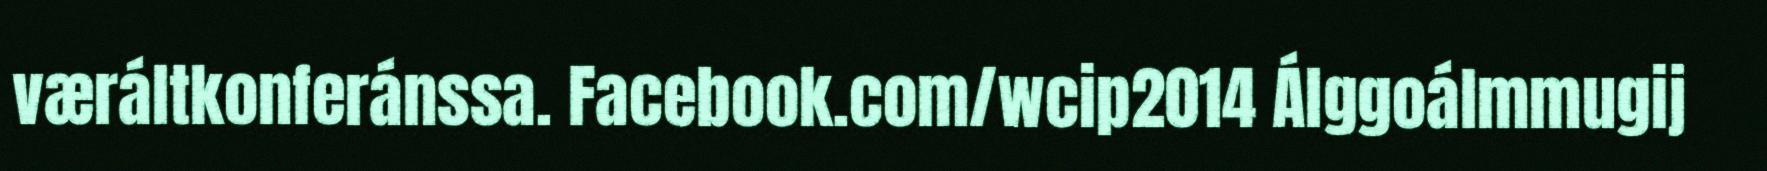
væráltkonferánssa. Facebook.com/wcip2014 Álggoálmmugij